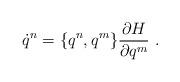
LaTeX: \begin{align*}\dot{q}^n=\{q^n,q^m\}\frac{\partial H}{\partial q^m}\ .\end{align*}